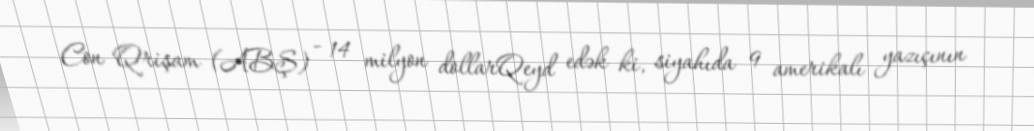
Con Qrişam (ABŞ) - 14 milyon dollarQeyd edək ki, siyahıda 9 amerikalı yazıçının